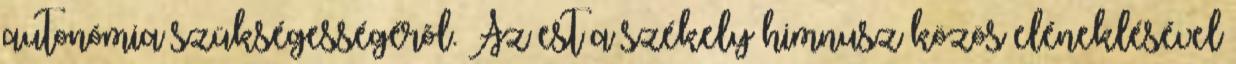
autonómia szükségességérõl. Az est a székely himnusz közös eléneklésével